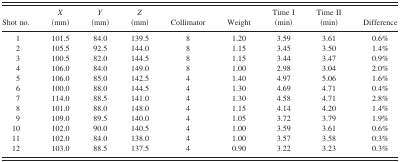
<table><thead><tr><td><b>Shot no.</b></td><td><b><i>X</i> (mm)</b></td><td><b><i>Y</i> (mm)</b></td><td><b><i>Z</i> (mm)</b></td><td><b>Collimator</b></td><td><b>Weight</b></td><td><b>Time I (min)</b></td><td><b>Time II (min)</b></td><td><b>Difference</b></td></tr></thead><tbody><tr><td>1</td><td>101.5</td><td>84.0</td><td>139.5</td><td>8</td><td>1.20</td><td>3.59</td><td>3.61</td><td>0.6%</td></tr><tr><td>2</td><td>105.5</td><td>92.5</td><td>144.0</td><td>8</td><td>1.15</td><td>3.45</td><td>3.50</td><td>1.4%</td></tr><tr><td>3</td><td>100.5</td><td>82.0</td><td>144.5</td><td>8</td><td>1.15</td><td>3.44</td><td>3.47</td><td>0.9%</td></tr><tr><td>4</td><td>106.0</td><td>84.0</td><td>149.0</td><td>8</td><td>1.00</td><td>2.98</td><td>3.04</td><td>2.0%</td></tr><tr><td>5</td><td>106.0</td><td>85.0</td><td>142.5</td><td>4</td><td>1.40</td><td>4.97</td><td>5.06</td><td>1.6%</td></tr><tr><td>6</td><td>100.0</td><td>88.0</td><td>144.5</td><td>4</td><td>1.30</td><td>4.69</td><td>4.71</td><td>0.4%</td></tr><tr><td>7</td><td>114.0</td><td>88.5</td><td>141.0</td><td>4</td><td>1.30</td><td>4.58</td><td>4.71</td><td>2.8%</td></tr><tr><td>8</td><td>101.0</td><td>88.0</td><td>148.0</td><td>4</td><td>1.15</td><td>4.14</td><td>4.20</td><td>1.4%</td></tr><tr><td>9</td><td>109.0</td><td>89.5</td><td>140.0</td><td>4</td><td>1.05</td><td>3.72</td><td>3.79</td><td>1.9%</td></tr><tr><td>10</td><td>102.0</td><td>90.0</td><td>140.5</td><td>4</td><td>1.00</td><td>3.59</td><td>3.61</td><td>0.6%</td></tr><tr><td>11</td><td>102.0</td><td>84.0</td><td>138.0</td><td>4</td><td>1.00</td><td>3.57</td><td>3.58</td><td>0.3%</td></tr><tr><td>12</td><td>103.0</td><td>88.5</td><td>137.5</td><td>4</td><td>0.90</td><td>3.22</td><td>3.23</td><td>0.3%</td></tr></tbody></table>